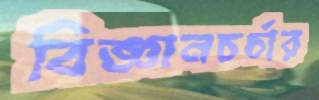
বিজ্ঞানচর্চার